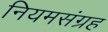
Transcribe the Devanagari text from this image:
नियमसंग्रह